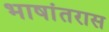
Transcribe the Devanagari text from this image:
भाषांतरास